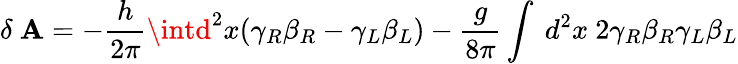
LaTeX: \delta~\mathbf{A}=-{\frac{{h}}{{2\pi}}}\intd^{2}x(\gamma_{R}\beta_{R}-\gamma_{L}\beta_{L})-{\frac{{g}}{{8\pi}}}\int~d^{2}x~2\gamma_{R}\beta_{R}\gamma_{L}\beta_{L}